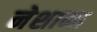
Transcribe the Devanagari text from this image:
नेशाना